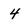
Character: 4